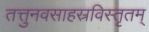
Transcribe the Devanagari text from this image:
तत्तुनवसाहस्रविस्तृतम्